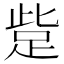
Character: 𧿿